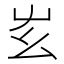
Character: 𡴁